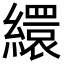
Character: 繯